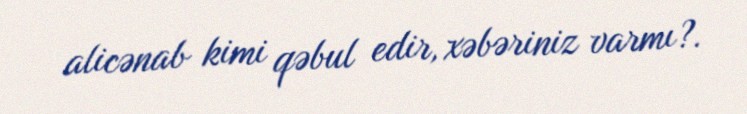
alicənab kimi qəbul edir, xəbəriniz varmı?.